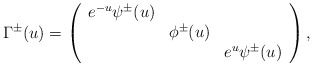
\begin{align*}\Gamma^{\pm}(u)=\left(\begin{array}{ccc} e^{-u}\psi^{\pm}(u) & &\\ & \phi^{\pm}(u) & \\ & & e^{u} \psi^{\pm}(u)\end{array} \right),\end{align*}